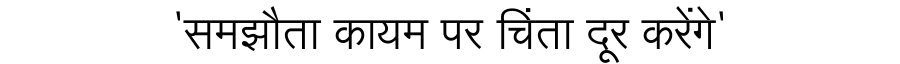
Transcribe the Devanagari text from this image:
'समझौता कायम पर चिंता दूर करेंगे'